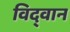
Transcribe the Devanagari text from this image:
विद्‌वान